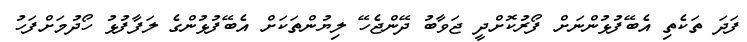
ފަދަ ތަކެތި އެބޭފުޅުންނަށް ފޯރުކޮށްދީ ޖަވާބު ދޭންޖެހޭ ލިޔުންތަކަށް އެބޭފުޅުންގެ ލަފާފުޅު ހޯދުމަށްފަހު